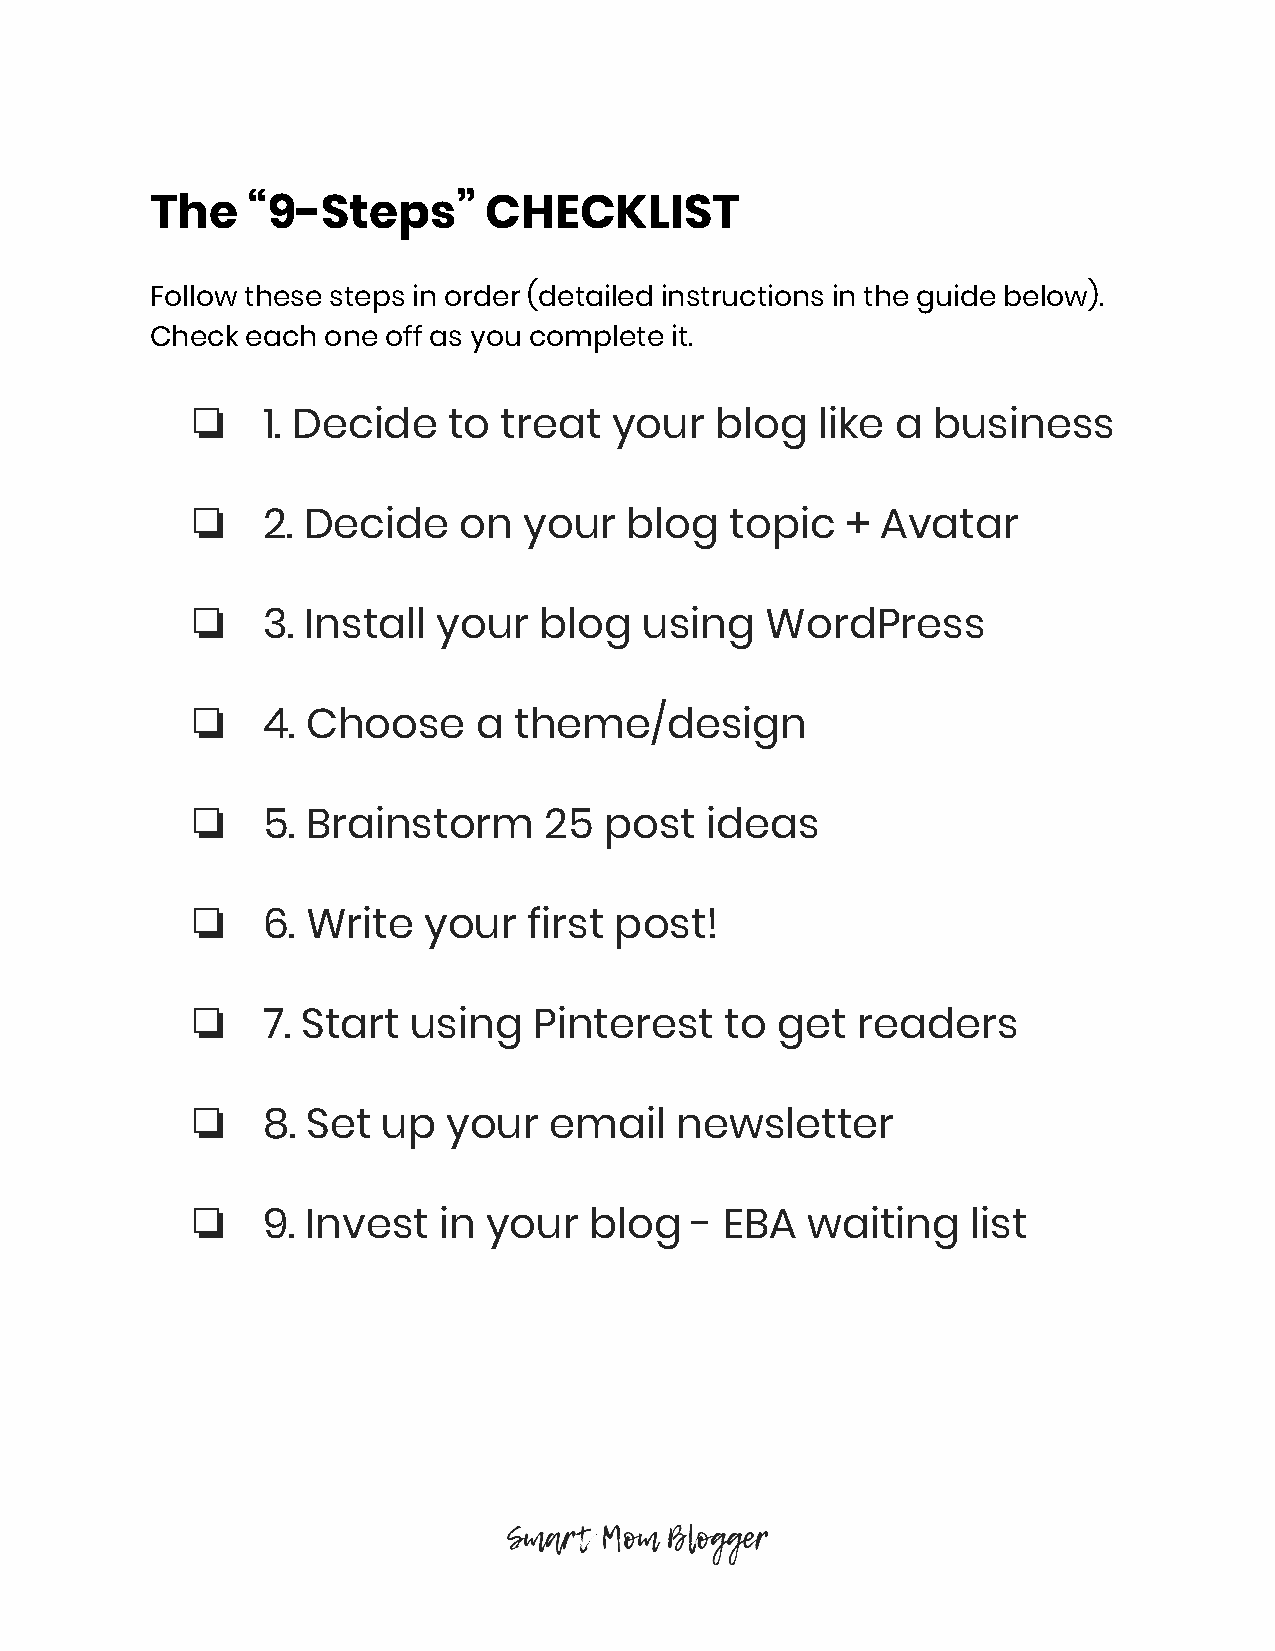
The   “9-Steps”       CHECKLIST
 Follow these steps in order (detailed instructions in the guide below).
 Check each one off as you complete it.
 ❏
 1. Decide    to treat   your  blog   like a  business
 ❏
 2. Decide    on   your  blog   topic   + Avatar
 ❏
 3. Install  your   blog   using   WordPress
 ❏
 4. Choose     a  theme/design
 ❏
 5. Brainstorm      25  post   ideas
 ❏
 6. Write   your   first post!
 ❏
 7. Start  using   Pinterest    to get   readers
 ❏
 8. Set  up   your  email    newsletter
 ❏
 9. Invest   in your   blog   - EBA  waiting    list